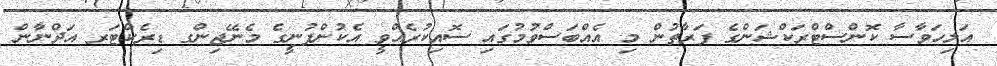
އަލިހަވާސާ ކޮންސްޓްރަކްޝަންގެ ފަރާތުން މި އެއްބަސްވުމުގައި ސޮއިކުރެއްވީ އެކުންފުނީގެ މެނޭޖިންގ ޑިރެކްޓަރ އަދްނާން